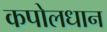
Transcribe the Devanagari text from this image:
कपोलधान